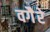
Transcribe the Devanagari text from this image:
वगैेरे